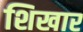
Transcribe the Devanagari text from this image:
शिखार